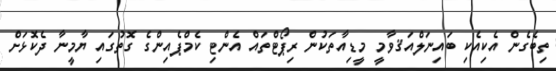
ތިބެގެން އެކިއެކި ބައިނަލްއަޤވާމީ މީޑިއާތަކުން ރިޕޯޓްތައް އެންޓި ކެމްޕެއިންގެ ގޮތުގައި ޔާމީނާ ދެކޮޅަށް